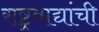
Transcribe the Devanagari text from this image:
राष्ट्रवाद्यांची